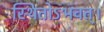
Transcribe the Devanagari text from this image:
स्थितोऽभवत्‌।